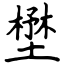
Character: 壄